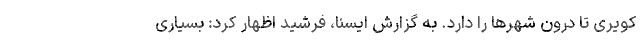
کویری تا درون شهرها را دارد. به گزارش ایسنا، فرشید اظهار کرد: بسیاری